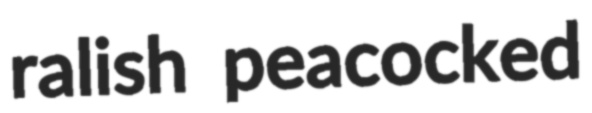
ralish peacocked